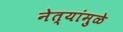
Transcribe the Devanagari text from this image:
नेत्यांमुळे